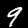
Digit: 9